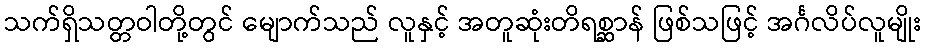
သက်ရှိသတ္တဝါတို့တွင် မျောက်သည် လူနှင့် အတူဆုံးတိရစ္ဆာန် ဖြစ်သဖြင့် အင်္ဂလိပ်လူမျိုး